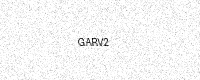
Text: GARV2